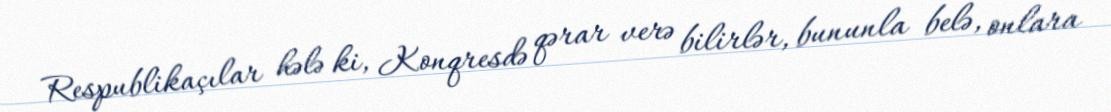
Respublikaçılar hələ ki, Konqresdə qərar verə bilirlər, bununla belə, onlara